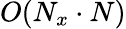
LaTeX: O(N_{x}\cdot N)